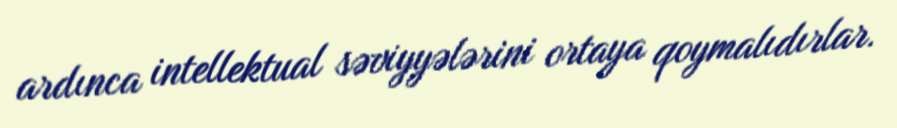
ardınca intellektual səviyyələrini ortaya qoymalıdırlar.